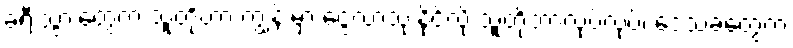
ခရီးသွားတွေက သူတို့ဟာ ကျွန်းမှာ ငွေလာသုံးနိုင်လို့ သူတို့ဘာလုပ်လုပ်၊ ဒေသခံတွေက